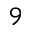
^ 9